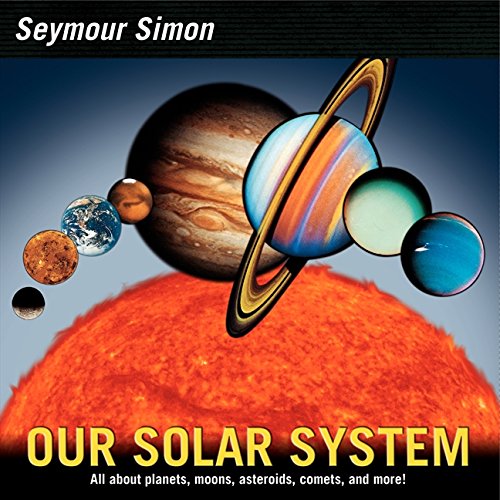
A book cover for Our Solar System (revised edition); Seymour Simon; Children's Books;